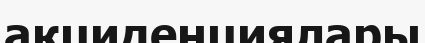
акциденциялары